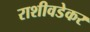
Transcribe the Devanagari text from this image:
राशीवडेकर